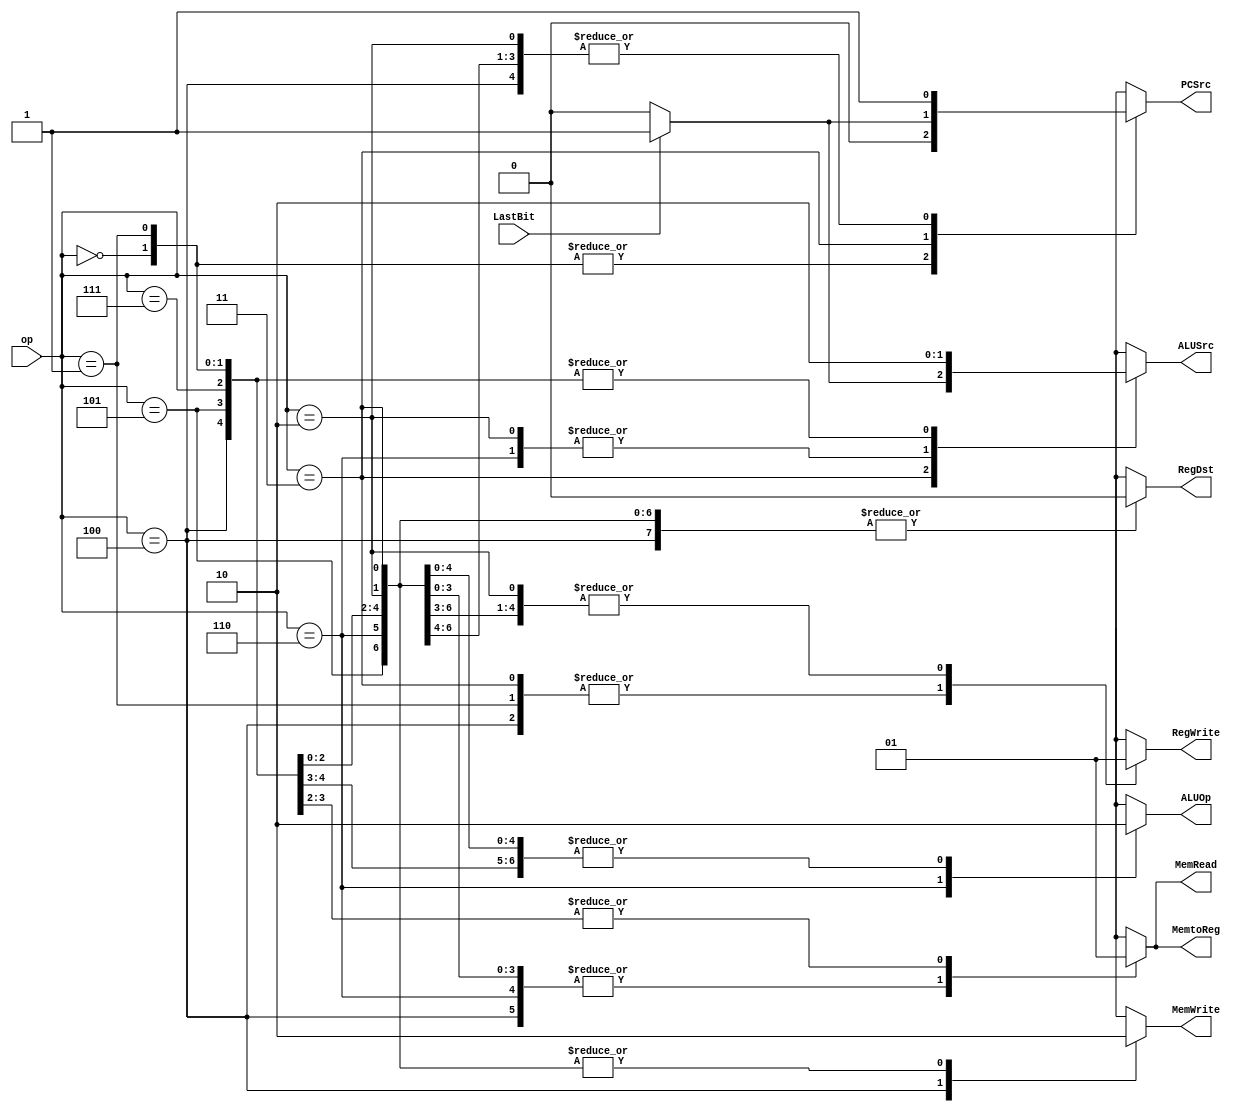
//ALUNO: 2014422040348 - Igor Luciano de Paula

module Control(op,LastBit,MemWrite,MemRead,PCSrc,ALUSrc,ALUOp,RegDst,RegWrite,MemtoReg);
	input [2:0]op;
	input LastBit;
	output reg MemWrite,MemRead,PCSrc,ALUSrc,ALUOp,RegDst,RegWrite,MemtoReg;
	
	always @(op,LastBit) begin
		case(op)
			//jal - fl
			3'b000: begin
					MemWrite <= 0; 
					MemRead 	<= 0; 
					PCSrc 	<= 0; 
					ALUSrc 	<= 0; 
					ALUOp 	<= 0; 
					RegDst 	<= 0; 
					RegWrite <= 1;
					MemtoReg <= 0;						//x : assumido como 0
			end
			
			//jr - fr
			3'b001: begin
					MemWrite <= 0; 
					MemRead 	<= 0; 
					PCSrc 	<= 0; 
					ALUSrc 	<= 0; 
					ALUOp 	<= 0; 
					RegDst 	<= 0; 
					RegWrite <= 0;
					MemtoReg <= 0;
			end
			
			//add - sum
			3'b010: begin
					MemWrite <= 0; 
					MemRead 	<= 0; 
					PCSrc 	<= 1; 
					ALUSrc 	<= 1; 
					ALUOp 	<= 0; 
					RegDst 	<= 0; 
					RegWrite <= 1;
					MemtoReg <= 0;
			end

			//beq - bq
			3'b011: begin
				if(LastBit == 1'b0) begin
					MemWrite <= 0; 
					MemRead 	<= 0; 
					PCSrc 	<= 0; 
					ALUSrc 	<= 0; 
					ALUOp 	<= 0; 
					RegDst 	<= 0; 
					RegWrite <= 0;
					MemtoReg <= 0;						//x
				end
				
				else begin
					MemWrite <= 0; 
					MemRead 	<= 0; 
					PCSrc 	<= 1; 
					ALUSrc 	<= 1; 
					ALUOp 	<= 0; 
					RegDst 	<= 0; 
					RegWrite <= 0;
					MemtoReg <= 0;						//x
				end
			end
			
			//sw - sw
			3'b100: begin
					MemWrite <= 1; 
					MemRead 	<= 0; 
					PCSrc 	<= 1; 
					ALUSrc 	<= 0; 
					ALUOp 	<= 0; 
					RegDst 	<= 0; 
					RegWrite <= 0;
					MemtoReg <= 0;
			end
			
			//lw - lw
			3'b101: begin
					MemWrite <= 0; 
					MemRead 	<= 1; 
					PCSrc 	<= 1; 
					ALUSrc 	<= 0; 
					ALUOp 	<= 0; 
					RegDst 	<= 0; 
					RegWrite <= 1;
					MemtoReg <= 1;
			end
			
			//xor - xr
			3'b110: begin
					MemWrite <= 0;
					MemRead 	<= 0; 
					PCSrc 	<= 1; 
					ALUSrc 	<= 1; 
					ALUOp 	<= 1; 
					RegDst 	<= 0; 
					RegWrite <= 1;
					MemtoReg <= 0;
			end
			
			//la - ca
			3'b111: begin
					MemWrite <= 0;
					MemRead 	<= 1; 
					PCSrc 	<= 1; 
					ALUSrc 	<= 0; 
					ALUOp 	<= 0; 
					RegDst 	<= 0; 
					RegWrite <= 1;
					MemtoReg <= 1;
			end
			
			//halt - ht
			8'b11111111: begin						//ltimos 5 bits diferem 'ca' do 'ht'
					MemWrite <= 0;
					MemRead 	<= 0; 
					PCSrc 	<= 0; 
					ALUSrc 	<= 0; 
					ALUOp 	<= 0; 
					RegDst 	<= 0; 
					RegWrite <= 0;
					MemtoReg <= 0;
			end
	  endcase
	end
endmodule

module ALU(ck,ALUOp,in1,in2,out1,zero);
	input ALUOp,ck;
	input [7:0]in1,in2;
	output reg[7:0]out1;
	output zero;
	assign zero = (out1 == 0);						//caso todos so 0

	always @(ALUOp,in1,in2) begin
		case(ALUOp)
			0: out1 <= in1 + in2;
			1: out1 <= in1 ^ in2;
			
			default: out1 <= 1;
		endcase   
	end
endmodule


module tp9();

endmodule